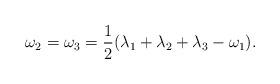
LaTeX: \begin{align*} \omega_2=\omega_3=\frac{1}{2}(\lambda_1 +\lambda_2+\lambda_3 -\omega_1). \end{align*}